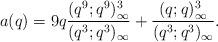
LaTeX: \begin{align*} a(q)=9q\frac{(q^9;q^9)_{\infty}^3}{(q^3;q^3)_{\infty}}+\frac{(q;q)_{\infty}^3}{(q^3;q^3)_{\infty}}.\end{align*}